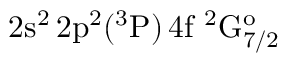
\mathrm { 2 s ^ { 2 } \, 2 p ^ { 2 } ( ^ { 3 } P ) \, 4 f ~ ^ { 2 } G _ { 7 / 2 } ^ { o } }